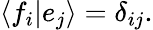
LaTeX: \langle f_{i}|e_{j}\rangle=\delta_{ij}.